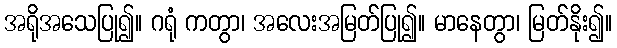
အရိုအသေပြု၍။ ဂရုံ ကတွာ၊ အလေးအမြတ်ပြု၍။ မာနေတွာ၊ မြတ်နိုး၍။